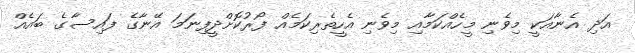
އަދި އެނާއަކީ މިވެނި މީހެއްކަމާއި މިވެނި އެހީތެރިކަމެއް ފޯރުކޮށްދީފިނަމަ އޭނާގެ ފައިސާގެ ބައެއް